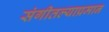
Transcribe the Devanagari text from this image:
संगीतल्याप्रमान